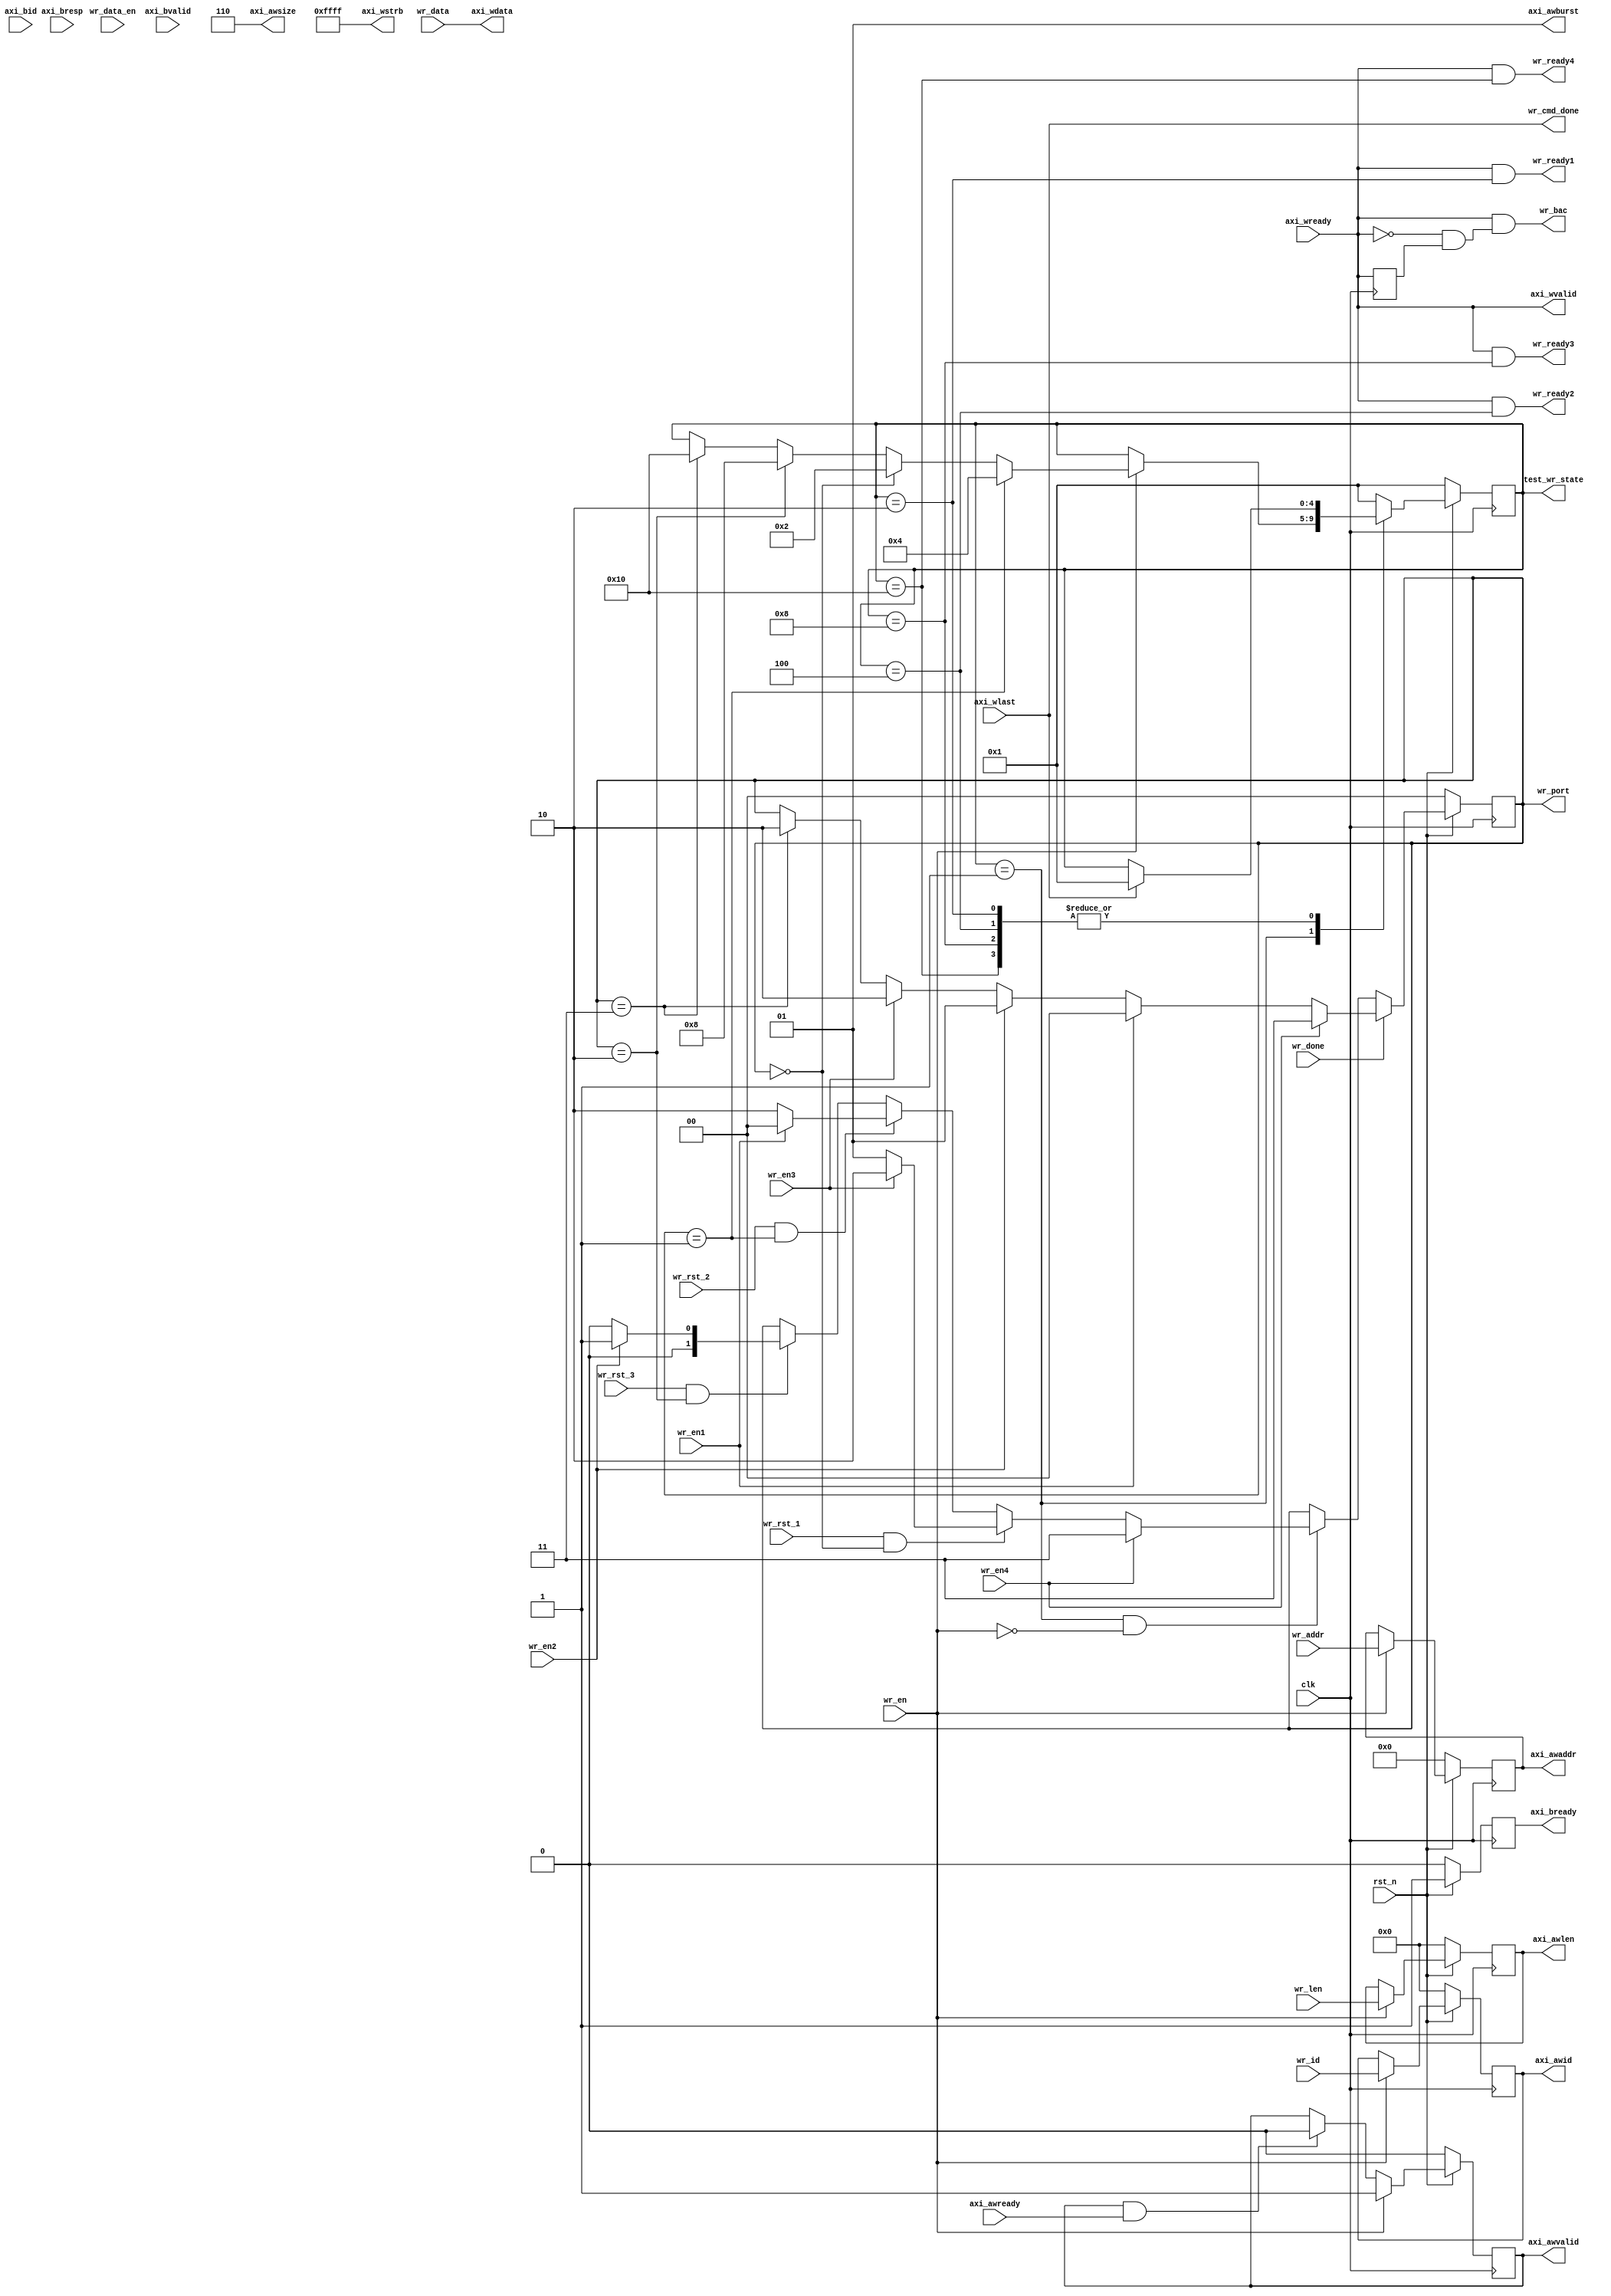
`timescale 1ns / 1ps
//////////////////////////////////////////////////////////////////////////////////
// Company: Meyesemi
// 
// Design Name: 
// Module Name: wr_ctrl
// Project Name: 
// Target Devices: 
// Tool Versions: 
// Description: 
// 
// Dependencies: 
// 
// Revision:
// Revision 0.01 - File Created
// Additional Comments:
// 
//////////////////////////////////////////////////////////////////////////////////
`define UD #1

module wr_ctrl #(
    parameter          CTRL_ADDR_WIDTH      = 28,
    parameter          MEM_DQ_WIDTH         = 16
)(                        
    input                                clk              ,
    input                                rst_n            , 

    input                                wr_en            ,
    input [CTRL_ADDR_WIDTH-1:0]          wr_addr          ,     
    input [3:0]                          wr_id            ,
    input [3:0]                          wr_len           ,
    output                               wr_cmd_done      ,
    output                               wr_ready1         ,
    output                               wr_ready2         ,
    output                               wr_ready3         ,
    output                               wr_ready4         ,
    input                                wr_data_en       ,
    input      [MEM_DQ_WIDTH*8-1:0]      wr_data          ,
    output                               wr_bac           ,
    input                                wr_done          ,
    input                                wr_en1,
    input                                wr_en2,
    input                                wr_en3,
    input                                wr_en4,

    output reg [CTRL_ADDR_WIDTH-1:0]     axi_awaddr       =0,  
    output reg [3:0]                     axi_awid         =0,
    output reg [3:0]                     axi_awlen        =0,
    output     [2:0]                     axi_awsize       ,
    output     [1:0]                     axi_awburst      , //only support 2'b01: INCR
    input                                axi_awready      ,
    output reg                           axi_awvalid      =0,
          
    output     [MEM_DQ_WIDTH*8-1:0]      axi_wdata        ,
    output     [MEM_DQ_WIDTH -1 :0]      axi_wstrb        ,
    input                                axi_wlast        ,
    output                               axi_wvalid       ,
    input                                axi_wready       ,
    input      [3 : 0]                   axi_bid          , // Master Interface Write Response.
    input      [1 : 0]                   axi_bresp        , // Write response. This signal indicates the status of the write transaction.
    input                                axi_bvalid       , // Write response valid. This signal indicates that the channel is signaling a valid write response.
    output reg                           axi_bready       =1, // Response ready. This signal indicates that the master can accept a write response.
    output reg [4:0]                     test_wr_state    =0,
    output reg [1:0]                     wr_port,
    input                                wr_rst_1,
    input                                wr_rst_2,
    input                                wr_rst_3
);

    localparam DQ_NUM = MEM_DQ_WIDTH/8;
    
    localparam E_IDLE =  5'b00001;
    localparam E_WR1   = 5'b00010;
    localparam E_WR2   = 5'b00100;
    localparam E_WR3   = 5'b01000;
    localparam E_WR4   = 5'b10000;

    assign axi_awburst = 2'b01;
    assign axi_awsize  = 3'b110;

    assign axi_wstrb = {MEM_DQ_WIDTH{1'b1}};

    always @(posedge clk ) begin
        if (!rst_n) begin
            wr_port <= 2'd0;
        end
        // else if (wr_en && (test_wr_state == E_IDLE))
        else if (wr_done)
        begin
            if (wr_en4)
                wr_port <= 2'd3;
            else if (wr_en1)
                wr_port <= 2'd0;
            else if (wr_en2)
                wr_port <= 2'd1;
            else if (wr_en3)
                wr_port <= 2'd2;
            else if (wr_port == 2'd3)
                wr_port <= 2'd2;
            else
                wr_port <= wr_port;
        end
        else if ((test_wr_state == E_IDLE) && !wr_en) begin
            if (wr_en4)
                wr_port <= 2'd3;
            else if (wr_rst_1 && (wr_port == 2'd0))
                wr_port <= wr_en3 ? 2'd2 : 2'd1;
            else if (wr_rst_2 && (wr_port == 2'd1))
                wr_port <= wr_en1 ? 2'd0 : 2'd2;
            else if (wr_rst_3 && (wr_port == 2'd2))
                wr_port <= wr_en2 ? 2'd1 : 2'd0;
        end
        // else if (wr_port == 2'd3)
        //     wr_port <= 2'd0;
    end

    always @(posedge clk ) begin
        if (!rst_n) begin
            test_wr_state <= E_IDLE;
        end
        else begin
            case (test_wr_state)
                E_IDLE: begin
                    if (wr_en)
                    begin
                        if (wr_port == 2'd1) begin
                            test_wr_state <= E_WR2;
                        end
                        else if (wr_port == 2'd0) begin
                            test_wr_state <= E_WR1;
                        end
                        else if (wr_port == 2'd2) begin
                            test_wr_state <= E_WR3; 
                        end
                        else if (wr_port == 2'd3) begin
                            test_wr_state <= E_WR4; 
                        end
                    end
                end 
                E_WR1: begin
                    if (axi_wlast)
                        test_wr_state <= E_IDLE;
                end
                E_WR2: begin
                    if (axi_wlast)
                        test_wr_state <= E_IDLE;
                end
                E_WR3: begin
                    if (axi_wlast)
                        test_wr_state <= E_IDLE;
                end
                E_WR4: begin
                    if (axi_wlast)
                        test_wr_state <= E_IDLE;
                end
                default: test_wr_state <= E_IDLE;
            endcase
        end
    end

    wire        wr_opera_en_1,  wr_opera_en_2,  wr_opera_en_3, wr_opera_en_4 ;
    //1
    assign wr_opera_en_1 = (test_wr_state == E_WR1);
    //2 
    assign wr_opera_en_2 = (test_wr_state == E_WR2);
    //3 
    assign wr_opera_en_3 = (test_wr_state == E_WR3);
    //4 
    assign wr_opera_en_4 = (test_wr_state == E_WR4);
    //===========================================================================
    //   write ADDR channels
    //===========================================================================
    reg [3:0] cmd_cnt;
    always @(posedge clk)
    begin
        if (!rst_n) begin
            axi_awaddr  <= 'b0; 
            axi_awid    <= 4'b0; 
            axi_awlen   <= 4'b0; 
            axi_awvalid <= 1'b0; 
        end
        else if(wr_en)
        begin
            axi_awid    <= wr_id;     
            axi_awaddr  <= wr_addr;    
            axi_awlen   <= wr_len;  
            axi_awvalid <= 1'b1; 
        end
        else if(axi_awvalid & axi_awready)
        begin
            axi_awvalid <= 1'b0;
            axi_awid    <= axi_awid;     
            axi_awaddr  <= axi_awaddr;    
            axi_awlen   <= axi_awlen; 
        end
        else
        begin
            axi_awvalid <= axi_awvalid;
            axi_awid    <= axi_awid;     
            axi_awaddr  <= axi_awaddr;    
            axi_awlen   <= axi_awlen; 
        end
    end
    
    //----------------------------
    //Write Response (B) Channel
    //----------------------------
    always @(posedge clk)                                     
    begin                                                                 
        if (rst_n == 0)                                         
            axi_bready <= 1'b0;                                                                                  
        else                                                  
            axi_bready <= 1'b1;                                                                                   
    end 
    
    wire [3:0] trans_len/* synthesis PAP_MARK_DEBUG="true" */;
    wire       burst_finish;

    assign trans_len = wr_len;
 
    always @(posedge clk)
    begin
        if (!rst_n)
            cmd_cnt <= 4'd0;
        else
        begin
            if(axi_awvalid & axi_awready)
                cmd_cnt <= cmd_cnt + 4'd1;
            else if(axi_wlast && axi_wvalid && axi_wready)
                cmd_cnt <= cmd_cnt - 4'd1;
            else
                cmd_cnt <= cmd_cnt;
        end 
    end 
    
    reg  write_en;
    reg [3:0] axi_data_cnt; 
    always @(posedge clk)
    begin
        if (!rst_n)
            write_en <= 1'b0;
        else if(axi_awvalid & axi_awready & cmd_cnt == 4'd0)
            write_en <= 1'b1;

        else if(axi_wvalid && axi_data_cnt == trans_len && axi_wready)
            write_en <= 1'b0;
    end 
    
    assign wr_ready1 = axi_wready & wr_opera_en_1;
    assign wr_ready2 = axi_wready & wr_opera_en_2;
    assign wr_ready3 = axi_wready & wr_opera_en_3;
    assign wr_ready4 = axi_wready & wr_opera_en_4;
    
    always @(posedge clk)
    begin
        if (!rst_n)
            axi_data_cnt <= 4'd0;
        else if(cmd_cnt > 4'd1 && ~write_en)
            axi_data_cnt <= 4'd0;
        else
        begin
            if(axi_wready & axi_wvalid)
            begin
                if(axi_data_cnt == trans_len)
                    axi_data_cnt <= 4'd0;
                else
                    axi_data_cnt <= axi_data_cnt + 1'b1;
            end
            else
                axi_data_cnt <= axi_data_cnt;
        end 
    end 
    
    reg axi_wready_1d;
    assign burst_finish = ~axi_wready_1d && axi_wready;

    always @(posedge clk)
    begin
        axi_wready_1d <= axi_wready;
    end
     
    assign wr_cmd_done = axi_wlast;
    assign axi_wdata = wr_data ;
    assign axi_wvalid = axi_wready;
    assign wr_bac = axi_wvalid && (~axi_wready && axi_wready_1d);

endmodule